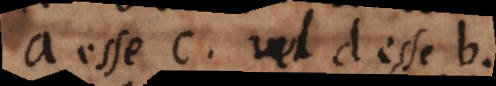
a esse c, vel d esse b.